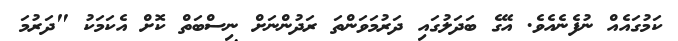
ކަމުގައެއް ނުފެނެއެވެ. އޭގެ ބަދަލުގައި ދަރުމަވަންތަ ރަދުންނަށް ނިސްބަތް ކޮށް އެކަމަކު "ދަރުމަ